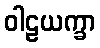
ဝါဠယက္ခာ